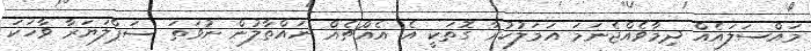
މައްސަލައެއް ދިމާވެއްޖެނަމަ އަމަލުކުރާ ގޮތަކީ އެ އެއްޗެއް ނައްތާލުން ނުވަތަ ސަޕްލަޔަރާ ވާހަކަ